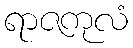
ရာဇကုလံ